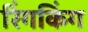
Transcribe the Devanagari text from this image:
रिंगकिंग